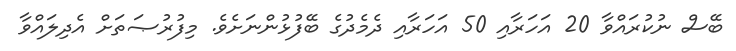
ބޭސް ނުކުރައްވާ 20 އަހަރާއި 50 އަހަރާއި ދެމެދުގެ ބޭފުޅުންނަށެވެ. މިފުރުޞަތަށް އެދިލައްވާ